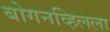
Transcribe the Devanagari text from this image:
बोगनव्हिलला